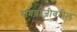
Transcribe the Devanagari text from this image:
रावबाजीवरील